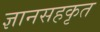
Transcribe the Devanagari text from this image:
ज्ञानसहकृत